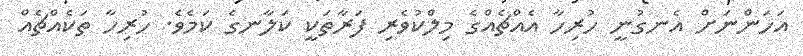
އަހަންނަށް އެނގުނީ ހުރިހާ އެއްޗެއްގެ މިލްކުވެރި ފަރާތަކީ ކަލާނގެ ކަމެވެ. ހުރިހާ ތަކެއްޗެއް